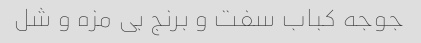
جوجه کباب سفت و برنج بی مزه و شل